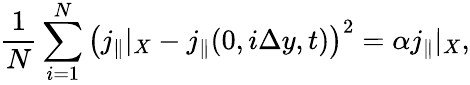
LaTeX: \frac{1}{N}\sum_{i=1}^{N}\left(j_{\parallel}|_{X}-j_{\parallel}(0,i\Delta y,t)\right)^{2}=\alpha j_{\parallel}|_{X},